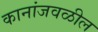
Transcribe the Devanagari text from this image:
कानांजवळील